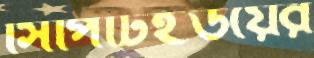
সিপিটিইউয়ের